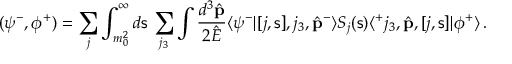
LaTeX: ( \psi ^ { - } , \phi ^ { + } ) = \sum _ { j } \int _ { m _ { 0 } ^ { 2 } } ^ { \infty } d { \mathsf s } \, \sum _ { j _ { 3 } } \int \frac { d ^ { 3 } \hat { \bf p } } { 2 \hat { E } } \langle \psi ^ { - } | [ j , { \mathsf s } ] , j _ { 3 } , \hat { \bf p } ^ { - } \rangle S _ { j } ( { \mathsf s } ) \langle ^ { + } j _ { 3 } , \hat { \bf p } , [ j , { \mathsf s } ] | \phi ^ { + } \rangle \, .